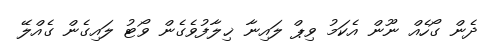
ދެން ގޯހެއް ނޫން އެކަމު ވިޕް ލައިނާ ޚިލާފުވެގެން ވޯޓު ލައިގެން ގެއްލޭ